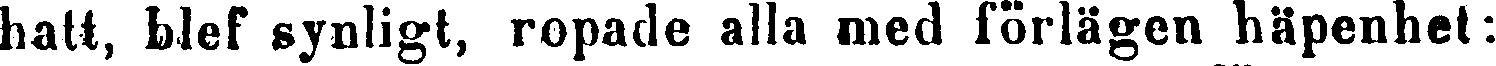
hatt, blef synligt, ropade alla med förlägen häpenhet: